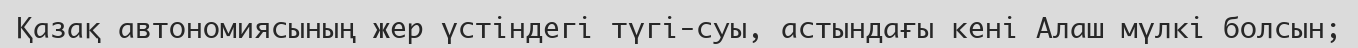
Қазақ автономиясының жер үстіндегі түгі-суы, астындағы кені Алаш мүлкі болсын;